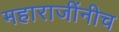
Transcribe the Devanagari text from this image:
महाराजींनीच